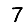
Digit: 7